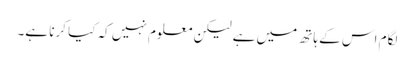
لگام اس کے ہاتھ میں ہے لیکن معلوم نہیں کہ کیا کرنا ہے۔